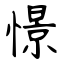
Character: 憬